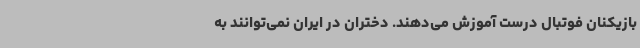
بازیکنان فوتبال درست آموزش می‌دهند. دختران در ایران نمی‌توانند به